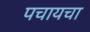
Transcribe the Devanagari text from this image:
पचायचा